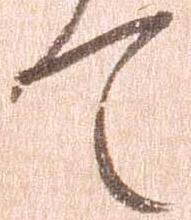
て